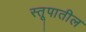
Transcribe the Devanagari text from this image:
स्तूपातील